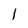
Character: l